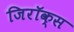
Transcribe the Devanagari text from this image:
जिरॉक्स